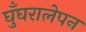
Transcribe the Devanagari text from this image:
घुँघरालेपन